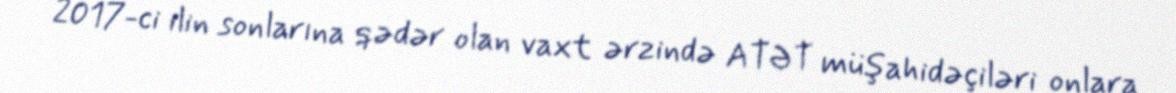
2017-ci ilin sonlarına qədər olan vaxt ərzində ATƏT müşahidəçiləri onlara